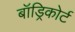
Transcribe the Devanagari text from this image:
बॉड्रिकोर्ट